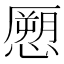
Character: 𭞨